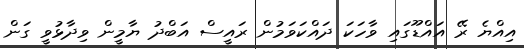
އިއްޔެ ރޭ އައްޑޫގައި ވާހަކަ ދައްކަވަމުން ރައީސް އަބްދު ޔާމީން ވިދާޅުވީ ގަން